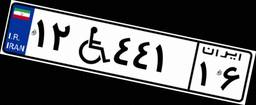
۴۵W۳۱۶۴۰